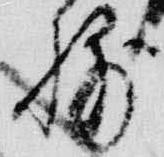
輔